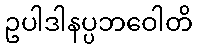
ဥပါဒါနပ္ပဘဝေါတိ